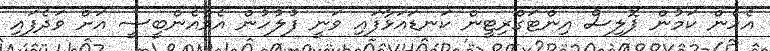
އެހެން ކަމުން ޕޮލިސް އިންޓަގްރިޓީން ކަނޑައަޅާފައި ވަނީ ފުލުހުން އެމްއެންބީސީ އަށް ވަދެފައި